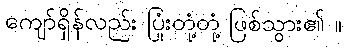
ကျော်ရှိန်လည်း ပြုံးတုံ့တုံ့ ဖြစ်သွား၏ ။